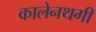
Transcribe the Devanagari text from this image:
कालेनथगी